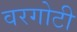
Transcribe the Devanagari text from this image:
वरगोटी